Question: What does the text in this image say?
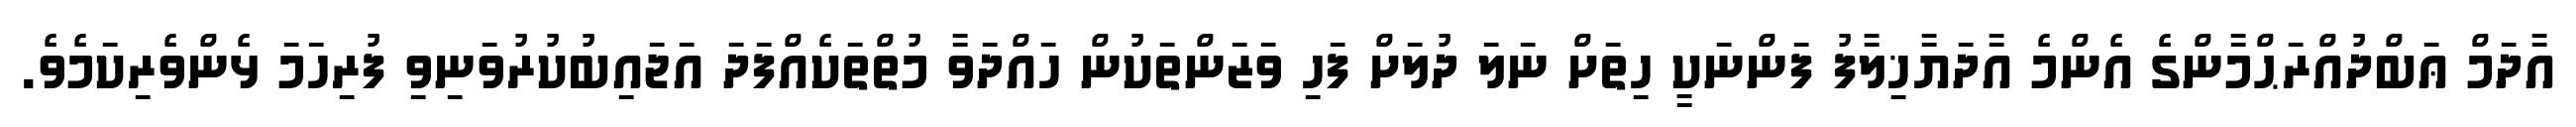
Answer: އާދަމް ޢަބްދުއްރަޙްމާންގެ އެންމެ އާދަޔާޚިލާފު ފަންނަކީ ހިތަށް ނަލަ ދުލަށް ފަހި ވަޒަންތަކުން ހައްދަވާ މުތްތަކެއްފަދަ އަޖައިބުކުރުވަނިވި ފުރިހަމަ ޅެންވެރިކަމެވެ.